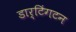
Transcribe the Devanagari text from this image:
डार्टिंगटन